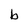
Character: b